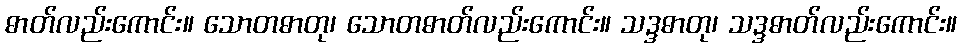
ဓာတ်လည်းကောင်း။ သောတဓာတု၊ သောတဓာတ်လည်းကောင်း။ သဒ္ဒဓာတု၊ သဒ္ဒဓာတ်လည်းကောင်း။